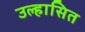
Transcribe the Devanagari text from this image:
उल्हासित